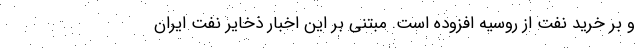
و بر خرید نفت از روسیه افزوده است. مبتنی بر این اخبار ذخایر نفت ایران